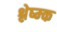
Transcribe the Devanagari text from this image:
श्लेष्म्क